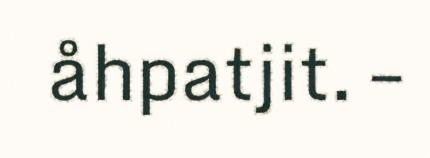
åhpatjit. –